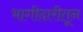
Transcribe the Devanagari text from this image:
भागीदारीतून